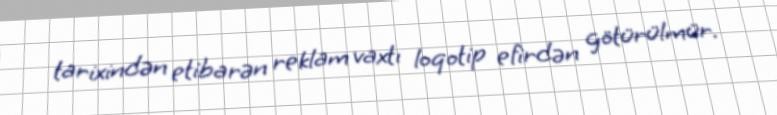
tarixindən etibarən reklam vaxtı loqotip efirdən götürülmür.